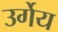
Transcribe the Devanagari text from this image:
उर्गेय